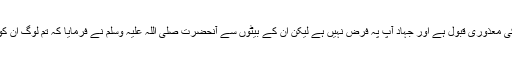
بیشک اللہ تعالیٰ کو آپ کی معذوری قبول ہے اور جہاد آپ پہ فرض نہیں ہے لیکن ان کے بیٹوں سے آنحضرت صلی اللہ علیہ وسلم نے فرمایا کہ تم لوگ ان کو نیک کام سے نہ روکو۔